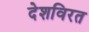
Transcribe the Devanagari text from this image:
देशविरत